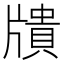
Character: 𤗴